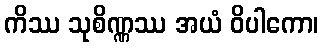
ကိဿ သုစိဏ္ဏဿ အယံ ဝိပါကော၊